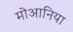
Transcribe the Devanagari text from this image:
मोआनिया